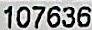
107636